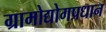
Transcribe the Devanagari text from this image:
ग्रामोद्योगप्रधान